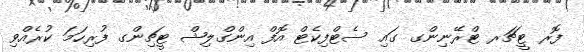
ފޮރ ޓީޗަރ ޓްރޭނިންގ ގައި ސެޓްފިކެޓް އޮފް އިންގްލިޝް ޓީޗިންގ ފުރިހަމަ ކުރެއްވި